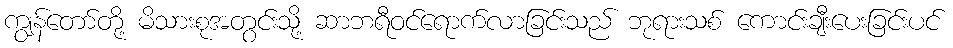
ကျွန်တော်တို့ မိသားစုအတွင်းသို့ ဆာဘရီဝင်ရောက်လာခြင်းသည် ဘုရားသစ် ကောင်းချီးပေးခြင်းပင်